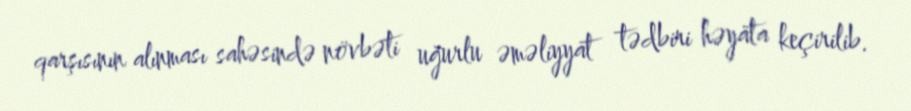
qarşısının alınması sahəsində növbəti uğurlu əməliyyat tədbiri həyata keçirilib.